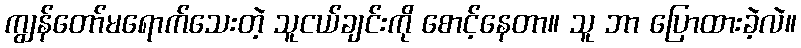
ကျွန်တော်မရောက်သေးတဲ့ သူငယ်ချင်းကို စောင့်နေတာ။ သူ ဘာ ပြောထားခဲ့လဲ။